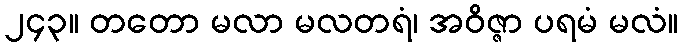
၂၄၃။ တတော မလာ မလတရံ၊ အဝိဇ္ဇာ ပရမံ မလံ။